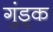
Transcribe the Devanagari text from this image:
गुंड्रूक